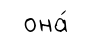
она́